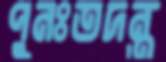
পুনঃতদন্ত